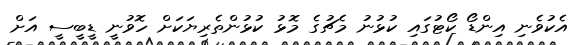
އެކުވެނި އިންޑޯ ކޯޓުގައި ކުޅުނު މެޗުގެ މޮޅު ކުޅުންތެރިޔަކަށް ހޮވުނީ ޑީބީސީ އަށް